Indian journal of veterinary science and animal husbandry - Volume 10,
Year: 1940
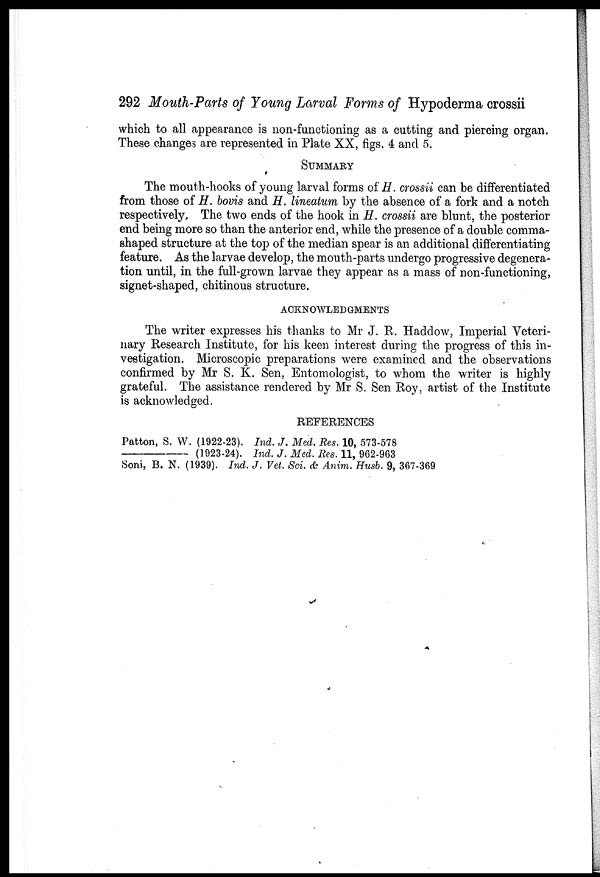
292 Mouth-Parts of Young Larval Forms of Hypoderma crossii
which to all appearance is non-functioning as a cutting and piercing organ.
These changes are represented in Plate XX, figs. 4 and 5.
SUMMARY
The mouth-hooks of young larval forms of H. crossii can be differentiated
from those of H. bovis and H. lineatum by the absence of a fork and a notch
respectively. The two ends of the hook in H. crossii are blunt, the posterior
end being more so than the anterior end, while the presence of a double comma-
shaped structure at the top of the median spear is an additional differentiating
feature. As the larvae develop, the mouth-parts undergo progressive degenera-
tion until, in the full-grown larvae they appear as a mass of non-functioning,
signet-shaped, chitinous structure.
ACKNOWLEDGMENTS
The writer expresses his thanks to Mr J. R. Haddow, Imperial Veteri-
nary Research Institute, for his keen interest during the progress of this in-
vestigation. Microscopic preparations were examined and the observations
confirmed by Mr S. K. Sen, Entomologist, to whom the writer is highly
grateful. The assistance rendered by Mr S. Sen Roy, artist of the Institute
is acknowledged.
REFERENCES
Patton, S. W. (1922-23). Ind. J. Med. Res. 10, 573-578
(1923-24). Ind. J. Med. Res. 11, 962-963
Soni, B. N. (1939). Ind. J. Vet. Sci. & Anim. Husb. 9, 367-369